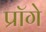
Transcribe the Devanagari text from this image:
प्रॉगे